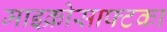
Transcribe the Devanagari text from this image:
माइक्रोसाफ्टका